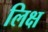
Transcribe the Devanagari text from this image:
लिक्ष